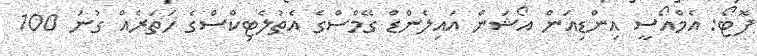
ފޮޓޯ: އެމްއޯސީ އިންޑިއަން އޯޝަން އައިލެންޑް ގޭމްސްގެ އެތުލެޓިކްސްގެ ހަތަރެއް ގުނަ 100